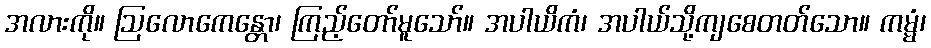
အလားကို။ ဩလောကေန္တော၊ ကြည့်တော်မူသော်။ အပါယိကံ၊ အပါယ်သို့ကျစေတတ်သော။ ကမ္မံ၊